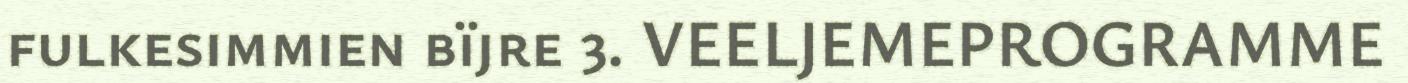
fulkesimmien bïjre 3. VEELJEMEPROGRAMME